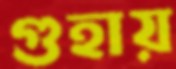
গুহায়